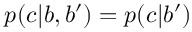
p ( c | b , b ^ { \prime } ) = p ( c | b ^ { \prime } )